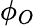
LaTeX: \phi_{O}